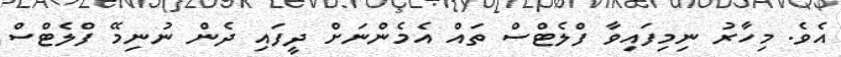
އެވެ. މިހާރު ނިމިފައިވާ ފްލެޓްސް ތައް އެމެންނަށް ދީފައި ދެން ނުނިމޭ ފްލެޓްސް